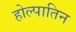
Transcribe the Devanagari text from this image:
होल्पातिन